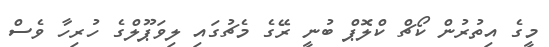
މީގެ އިތުރުން ކޯޗް ކްލޮޕް ބުނީ ރޭގެ މެޗުގައި ލިވަޕޫލްގެ ހުރިހާ ވެސް